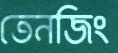
তেনজিং